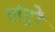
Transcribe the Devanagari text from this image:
लंद्रों